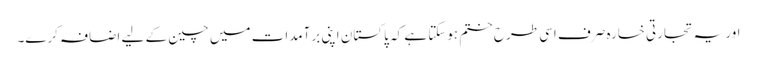
اور یہ تجارتی خسارہ صرف اسی طرح ختم ہوسکتا ہے کہ پاکستان اپنی برآمدات میں چین کے لیے اضافہ کرے۔